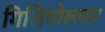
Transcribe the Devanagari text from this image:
गिलिपोल्लस